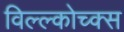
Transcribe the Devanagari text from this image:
विल्ल्कोच्क्स